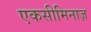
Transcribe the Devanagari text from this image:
एकसीमिनाज़